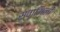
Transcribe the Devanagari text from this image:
स्‍वामिनी